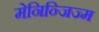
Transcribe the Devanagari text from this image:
मेनिन्जिज्म